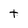
Character: t